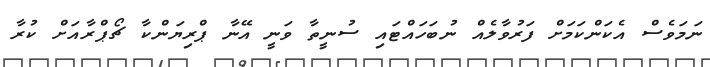
ނަމަވެސް އެކަންކަމަށް ފަރުވާލެއް ނުބަހައްޓައި ސުނީތާ ވަނީ އޭނާ ޕްރިޔަންކާ ޗޯޕްރާއަށް ކުރާ